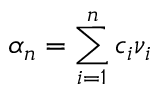
\alpha _ { n } = \sum _ { i = 1 } ^ { n } c _ { i } \nu _ { i }